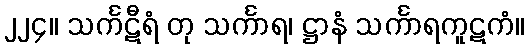
၂၂၄။ သင်္ကဋီရံ တု သင်္ကာရ၊ ဋ္ဌာနံ သင်္ကာရကူဋကံ။